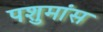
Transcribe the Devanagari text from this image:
पशुमांस